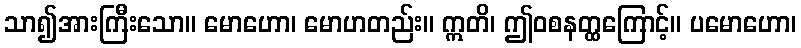
သာ၍အားကြီးသော။ မောဟော၊ မောဟတည်း။ ဣတိ၊ ဤဝစနတ္ထကြောင့်။ ပမောဟော၊